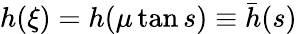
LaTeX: h(\xi)=h(\mu\tan s)\equiv\bar{h}(s)